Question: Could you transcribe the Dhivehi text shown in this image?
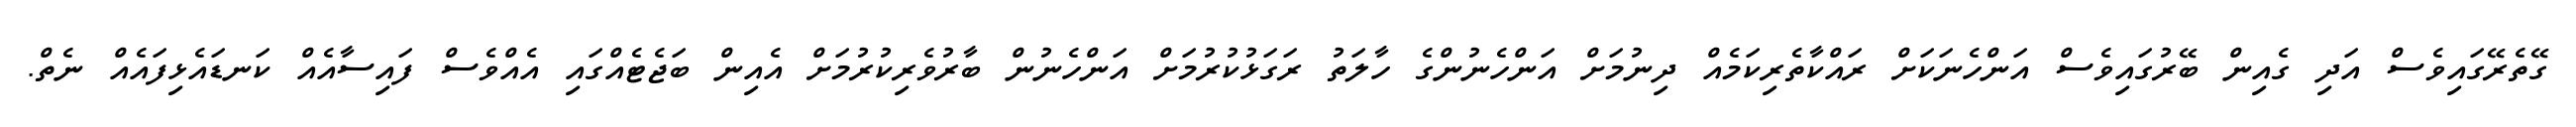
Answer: ގޭތެރޭގައިވެސް އަދި ގެއިން ބޭރުގައިވެސް އަންހެނަކަށް ރައްކާތެރިކަމެއް ދިނުމަށް އަންހެނުންގެ ހާލަތު ރަގަޅުކުރުމަށް އަންހެނުން ބާރުވެރިކުރުމަށް އެއިން ބަޖެޓެއްގައި އެއްވެސް ފައިސާއެއް ކަނޑައެޅިފައެއް ނެތް.